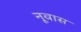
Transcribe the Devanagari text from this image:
नूवास